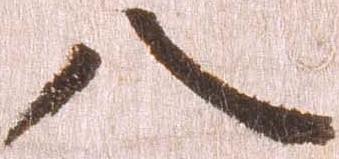
八